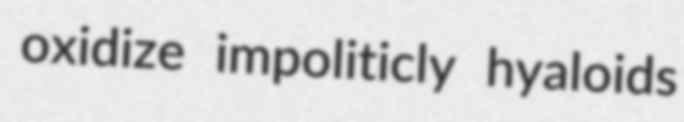
oxidize impoliticly hyaloids